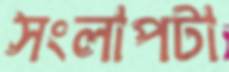
সংলাপটা